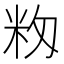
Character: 𥸼